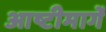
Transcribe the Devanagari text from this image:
आष्टीमार्गे